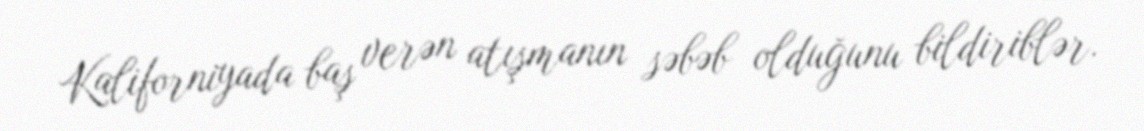
Kaliforniyada baş verən atışmanın səbəb olduğunu bildiriblər.